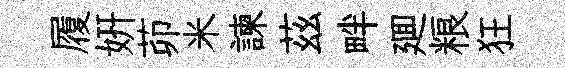
履妍茆米諫茲畔廽粮狂